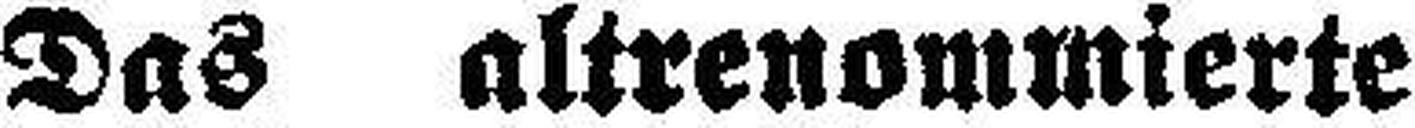
Das altrenommierte